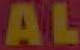
AL